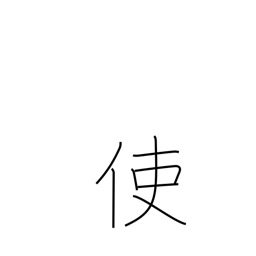
Meaning: send on a mission